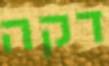
דקה